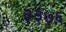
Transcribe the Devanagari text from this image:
३३७६